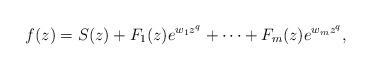
LaTeX: \begin{align*}f(z)=S(z)+F_1(z)e^{w_1z^q}+\cdots +F_m(z)e^{w_mz^q},\end{align*}